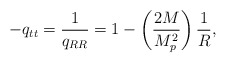
\begin{align*}-q_{tt}=\frac{1}{q_{RR}}=1-\left(\frac{2M}{M_p^2}\right)\frac{1}{R},\end{align*}